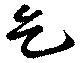
乞